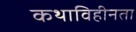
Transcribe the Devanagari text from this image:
कथाविहीनता